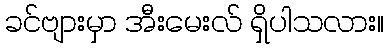
ခင်ဗျားမှာ အီးမေးလ် ရှိပါသလား။